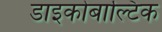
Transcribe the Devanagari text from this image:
डाइकोबाल्टिक